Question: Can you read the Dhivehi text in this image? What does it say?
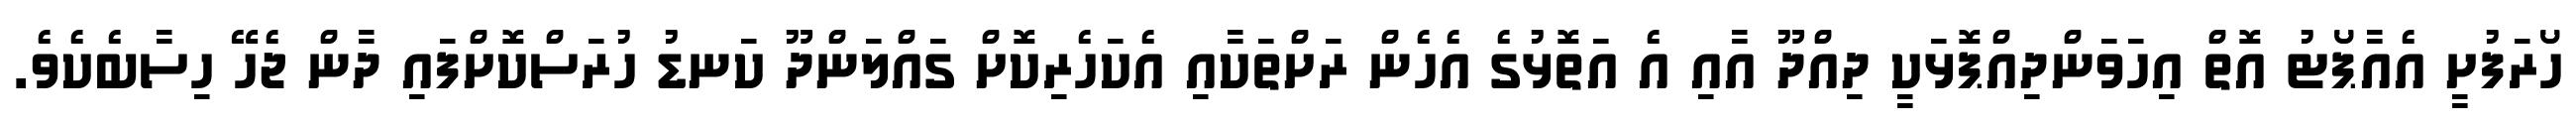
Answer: ހޯރަފުށީ އެއާޕޯޓު އޮތް އިހަވަންދިއްޕޮޅަކީ ދިއްދޫ އާއި އެ އަތޮޅުގެ އެހެން ރަށްތަކާއި އެކަހެރިކޮށް ގައްލަންދޫ ކަނޑު ހުރަސްކޮށްފައި ދާން ޖެހޭ ހިސާބެކެވެ.